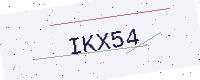
Text: IKX54